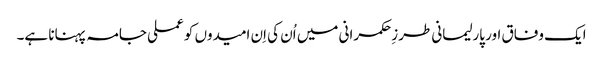
ایک وفاق اور پارلیمانی طرزِحکمرانی میں اُن کی اِن امیدوں کو عملی جامہ پہنانا ہے۔